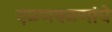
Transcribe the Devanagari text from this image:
दळणवळणांचे